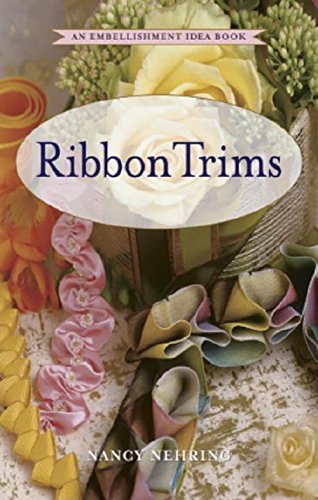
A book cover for Ribbon Trims: An Embellishment Idea Book (Embellishment Idea Books); Nancy Nehring; Crafts, Hobbies & Home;